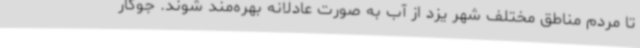
تا مردم مناطق مختلف شهر یزد از آب به صورت عادلانه بهره‌مند شوند. جوکار